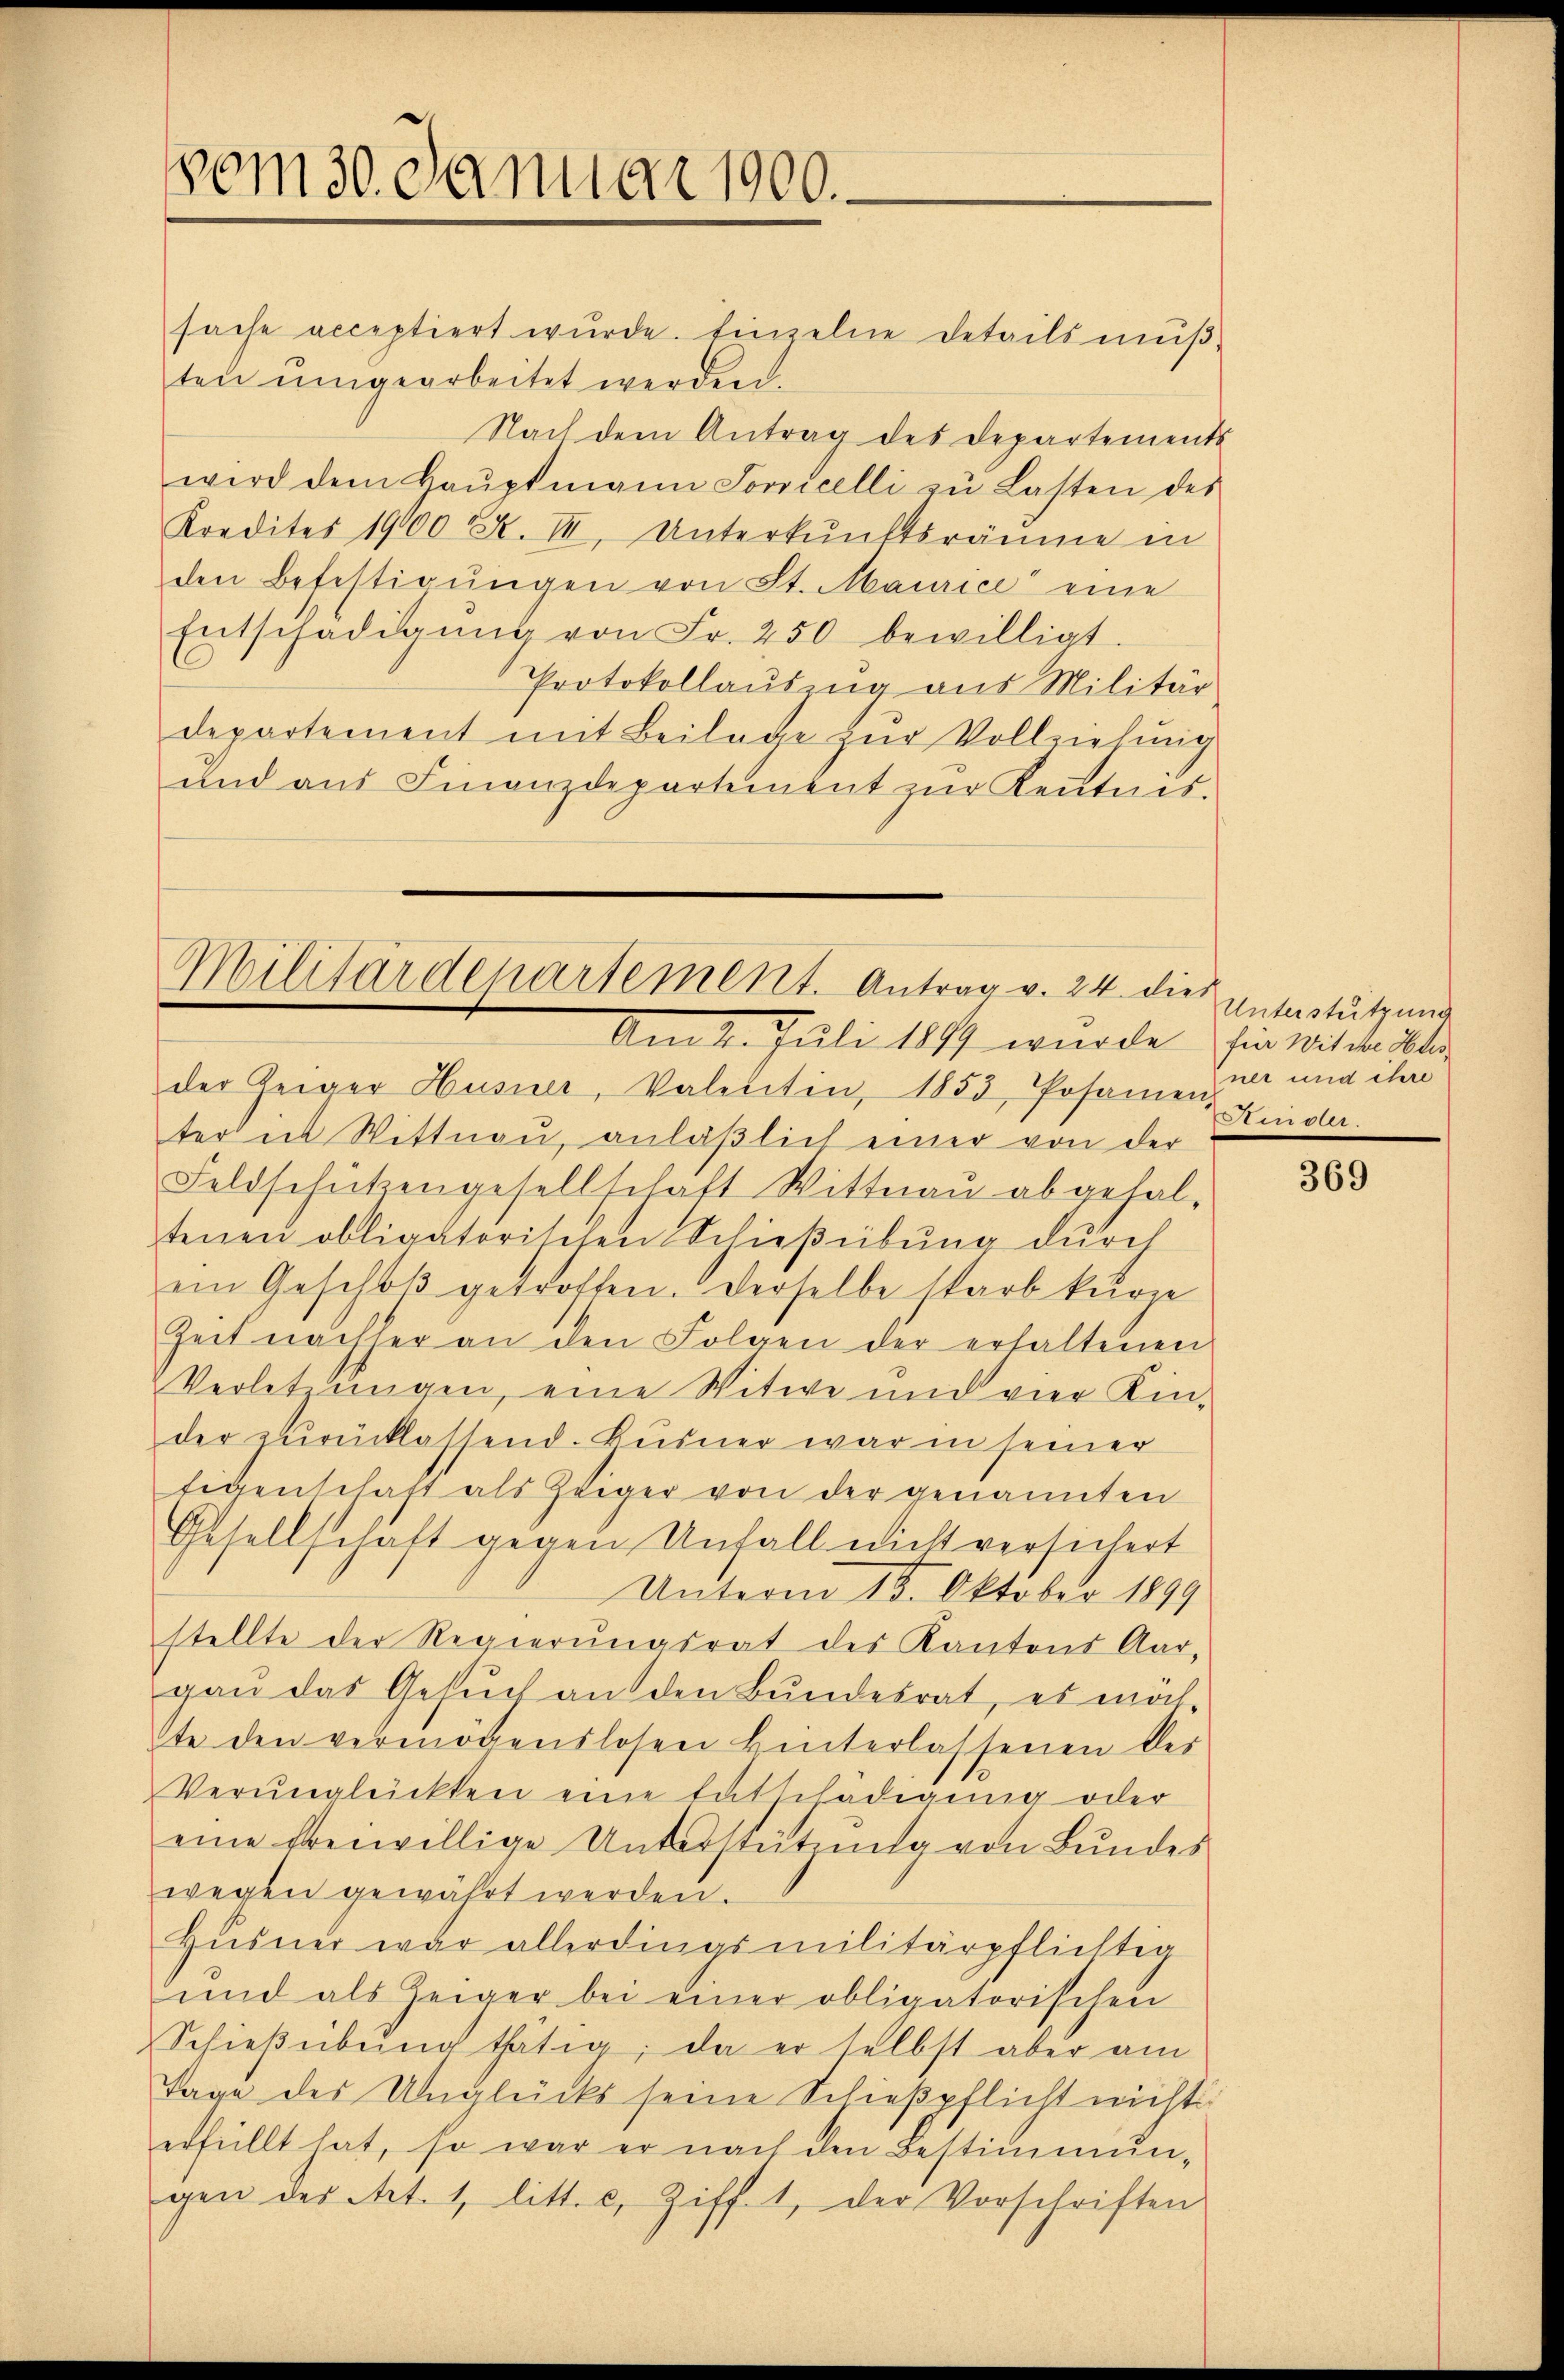
vom 30. Januar 1900.

Militärdepartement. Antrag v. 24. dies

sache acceptiert wurde. Einzelne Details mußten ŭmgearbeitet werden.
Nach dem Antrag des Departements
wird dem Haŭptmann Sorvicelli zu Lasten des
Kredites 19000 R. III. Unterkŭnftsräume in
den Befestigŭngen von St. Maurice eine
Entschädigŭng von Fr. 250 bewilligt.
Protokollauszug aus Militär
departement mit Beilage zŭr Vollziehŭng
und aus Finanzdepartement zur Kenntnis.

Am 4. Juli 1889 wurde für Witwe die

der Zeiger Husner, Valentin, 1853, Posamen er und ihre
ter in Wittnau, anläßlich einer von der
Feldschützengesellschaft Wittnau abgefal-
tenen obligatorischen Schießeibung durch
ein Geschlβ getroffen. Derselbe starb kurze
Zeit nachher an den Folgen der erhaltenen
Verletzungen, eine Witwe und vier Kin-
der zurücklassend. Burner war in seiner
Eigenschaft als Zeiger von der genannten
Gesellschaft gegen Unfall nicht versichert
Unterm 15. Oktober 1899
stellte der Regierungsrat des Kantons Aar-
gaŭ das Gesŭch an den Bŭndesrat, es möch
te den vermögenslosen hinterlassenen des
Verŭnglückten eine Entschädigung oder
eine freiwillige Unterstütŭng von Bŭndes
wegen gewährt werden.
Husner war allerdings militärpflichtig
ŭnd als Zeiger bei einer obligatorischen
Schieβübŭng thätig, da er selbst aber am
Tage des Unglücks seine Schießpflicht nicht
erfüllt hat, so war er nach den Bestimmun-
gen des Art. 1, litt. c, Ziff. 1, der Vorschriften

Unterstützung
727

369